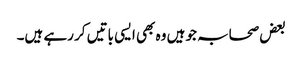
بعض صحابہ جو ہیں وہ بھی ایسی باتیں کر رہے ہیں۔